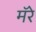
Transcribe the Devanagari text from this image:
मॅरे